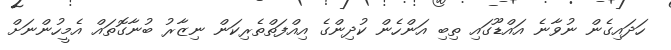
ހަދައިގެން ނުވާނެ އައްޑޫގައި ތިބި އަންހެން ކުދިންގެ އިއްފަތްތެރިކަން ނިޒާރު ބުނާގޮތައް އެމީހުންނަށް